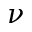
\nu